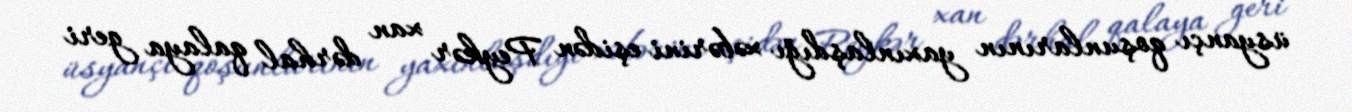
üsyançı qoşunlarının yaxınlaşdığı xəbərini eşidən Peykər xan dərhal qalaya geri